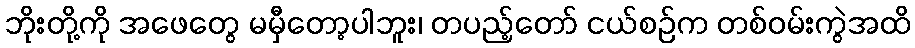
ဘိုးတို့ကို အဖေတွေ မမှီတော့ပါဘူး၊ တပည့်တော် ငယ်စဉ်က တစ်ဝမ်းကွဲအထိ